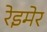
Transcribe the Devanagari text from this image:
रेइमेर